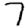
Digit: 7